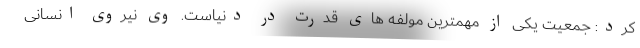
کرد: جمعیت یکی از مهمترین مولفه های قدرت در دنیاست. وی نیروی انسانی